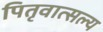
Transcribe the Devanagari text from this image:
पितृवात्सल्य